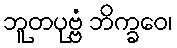
ဘူတပုဗ္ဗံ ဘိက္ခဝေ၊